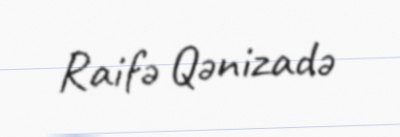
Raifə Qənizadə